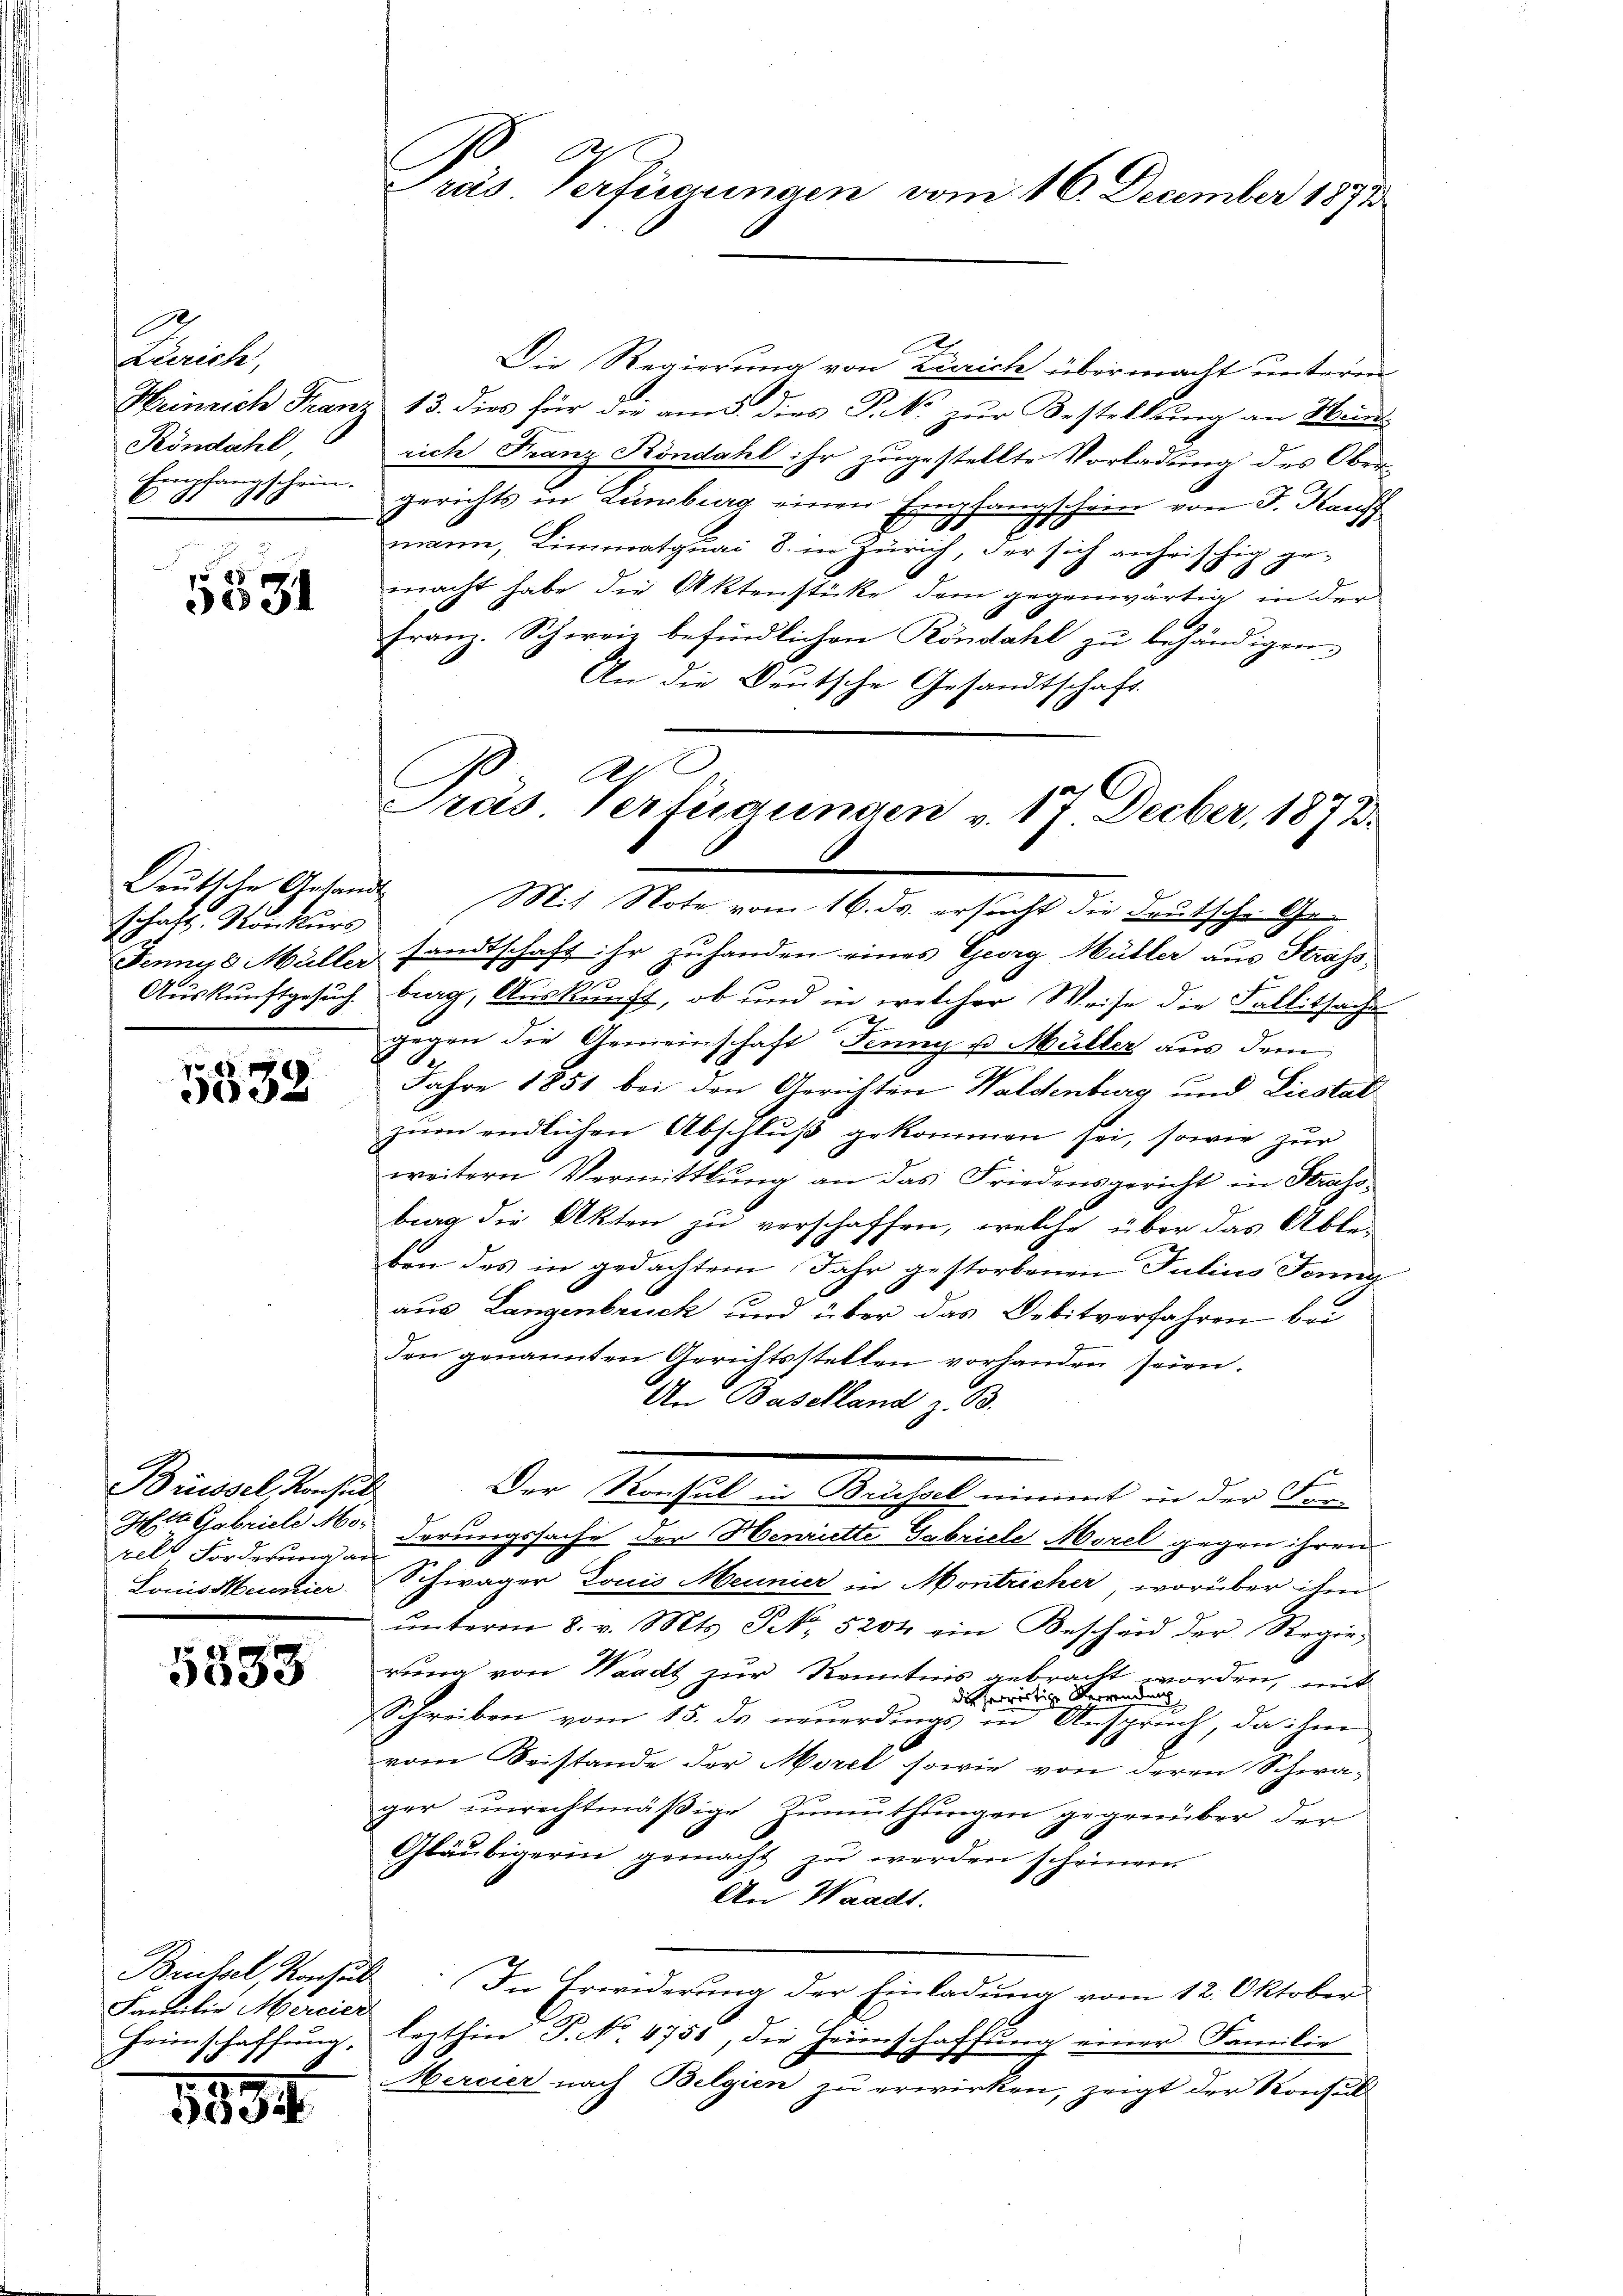
.
Zürich,
Heinrich Franz
Köndahl,
Einpfangschein.
11

88
3031

schaft. Konkurs

5538

Brüssel, Konsul
zelt Forderung an
Louis Meurier

5833

Familie Mercier
Heimschaffung,
1

1834.

Die Regierung von Zürich übermacht unterm
& 13. dies für die am 5. dies P. Nr. zur Bestellung an Weinrich Franz Köndahl ihr zugestellte Vorladung des Obergerichts in Lunsburg einen Empfangschein von J. Kauff
mann, Limmatquai 8. in Zürich, der sich anheischig ge-
macht habe die Aktenstücke dem gegenwärtig in der
Franz. Schweiz befindlichen Köndahl zu behändigen.
An die Deutsche Gesandtschaft.
A

1
Pras Verfügungen vom 16. December 1891

Gras Verfügungen v. 17 Decber, 1873.
Deutsche Gesandt Mit Note vom 16. ds. ersucht die Deutsche Ge¬

Der Konsul in Brüssel nimmt in der For-

Jennys Müller sandtschaft ihr zu handen eines Georg Müller aus Strass
.
Auskunftgesuch brag, Auskunft, ob und in welcher Weise die Fallitsache
gegen die Gemeinschaft Fenny u. Müller aus dem
S.
Jahre 1851 bei den Gerichten Waldenburg und Liestat
zum endlichen Abschluß gekommen sei, sowie zur
weitern Vermittlung an das Friedensgericht in Strass
burg die Akten zu verschaffen, welche über das Abte-
ben des in gedachtem Jahr gestorbenen Julius Jenny
aus Langenbruck und über das Debitverfahren bei
den genannten Gerichtsstellen vorhanden seien.
An Baselland z. B.
Geit Gabriele Morderungssache der Henriette Gabriele Morel gegen ihren
e
Schwager Louis Meunier in Montricher, worüber ihm
ŭnterm 8. v. Mts. S. 5202 ein Bescheid der Regie
rung von Waadt zur Kenntnis gebracht worden, mit
die herwärtige Verwendung
Schreiben vom 15. ds neuerdings in Anspruch, da ihm
vom Beistande der Morel sowie von deren Schwager unrechtmäßige Zumuthungen gegenüber der
Gläubigerin gemacht zu werden scheinem
An Waadt.
Brubel, Konsuls. In Erwiderung der Einladung vom 12. Oktober
lezthin P. No. 4758, die Heimschaffung einer Familie
 |
Mercier nach Belgien zu erwirken, zeigt der Konsul